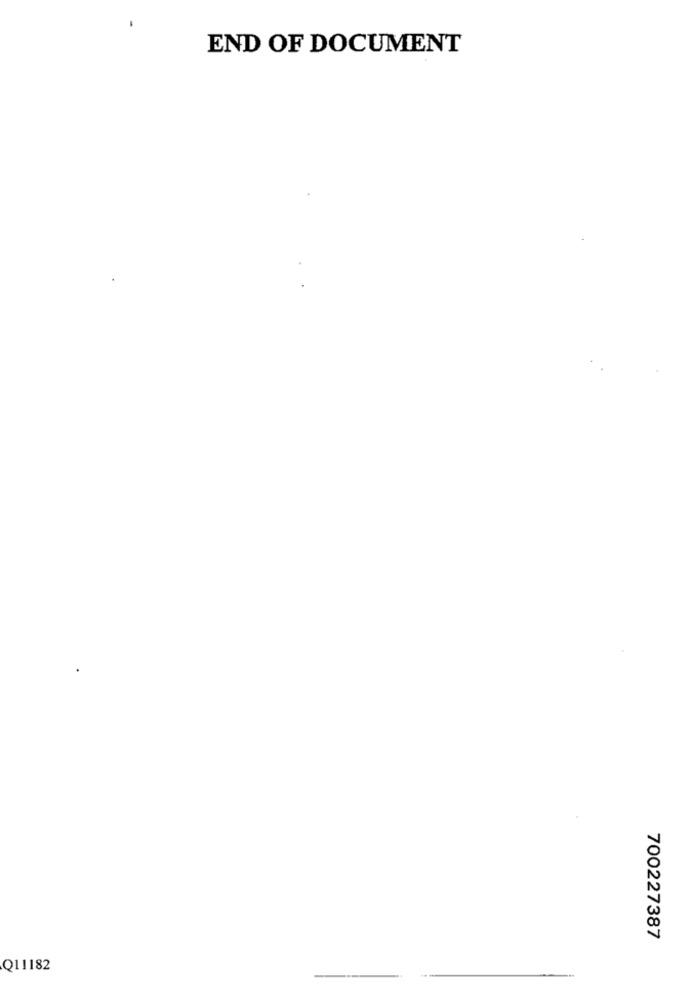
END OF DOCUMENT
700227387
Q11182